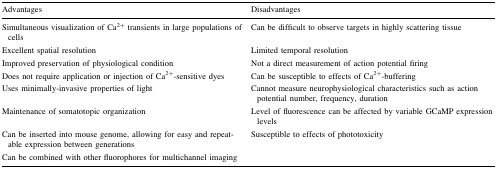
| Advantages | Disadvantages |
 | --- | --- |
 | Simultaneous visualization of Ca2+ transients in large populations of cells | Can be difficult to observe targets in highly scattering tissue |
 | Excellent spatial resolution | Limited temporal resolution |
 | Improved preservation of physiological condition | Not a direct measurement of action potential firing |
 | Does not require application or injection of Ca2+-sensitive dyes | Can be susceptible to effects of Ca2+-buffering |
 | Uses minimally-invasive properties of light | Cannot measure neurophysiological characteristics such as action potential number, frequency, duration |
 | Maintenance of somatotopic organization | Level of fluorescence can be affected by variable GCaMP expression levels |
 | Can be inserted into mouse genome, allowing for easy and repeatable expression between generations | Susceptible to effects of phototoxicity |
 | Can be combined with other fluorophores for multichannel imaging |  |